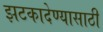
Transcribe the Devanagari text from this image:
झटकादेण्यासाठी